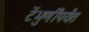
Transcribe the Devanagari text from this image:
टेंभुर्णींपर्यंत